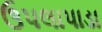
ઉપલાપાડા